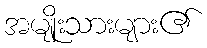
အမျိုးသားများ၏